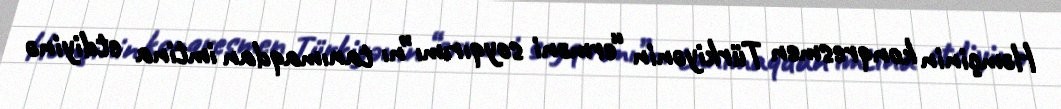
Həmçinin konqresmen Türkiyənin “erməni soyqırımı”nı tanımaqdan imtina etdiyinə